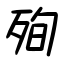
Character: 殉